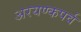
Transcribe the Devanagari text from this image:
अरयण्कपर्व